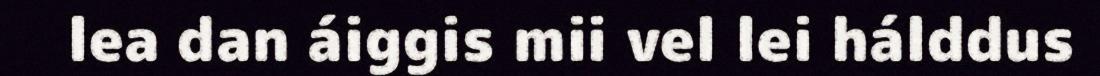
lea dan áiggis mii vel lei hálddus